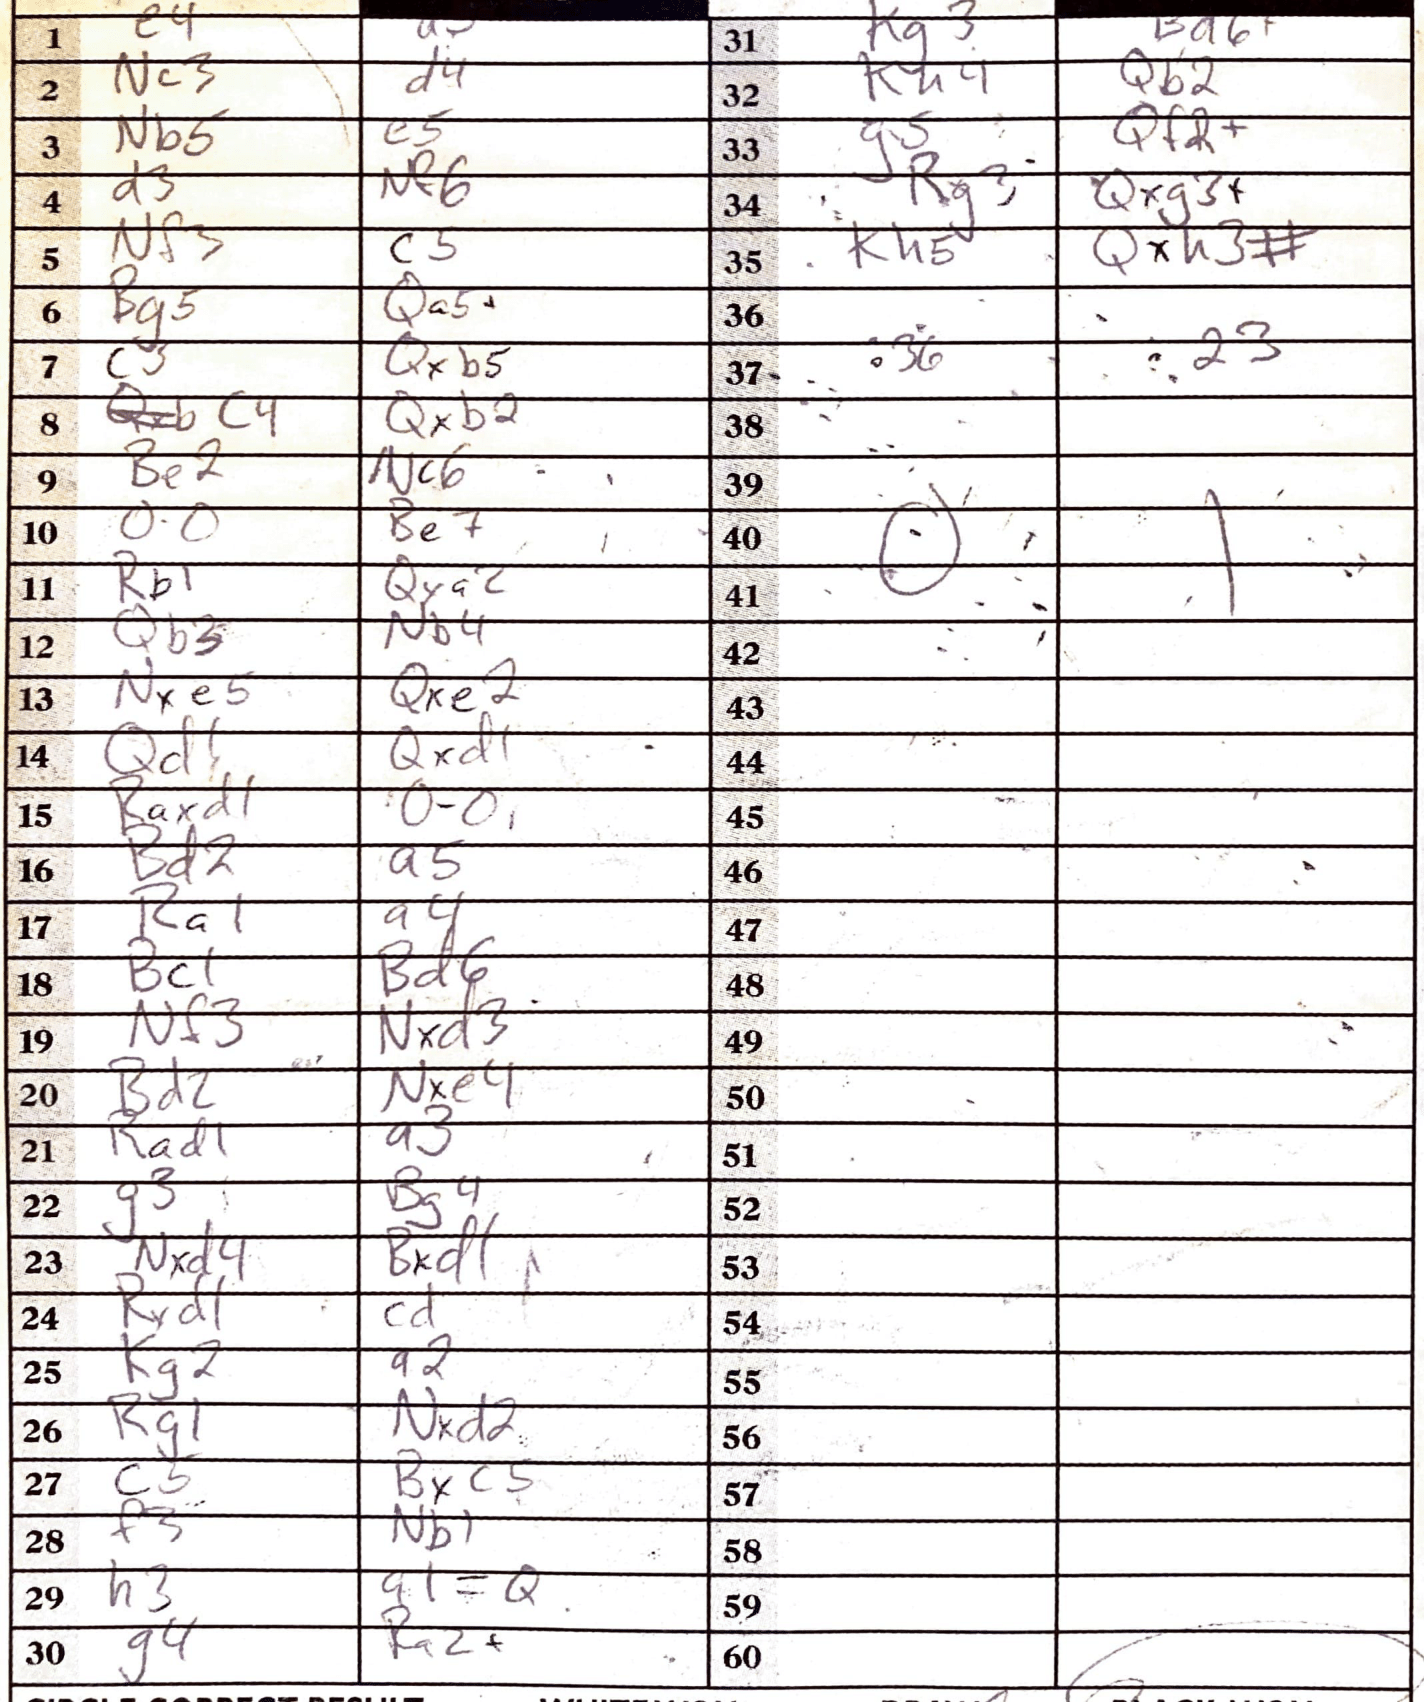
Moves: e4 a3 Nc3 d4 Nb5 e5 d3 Nf6 Nf3 c5 Bg5 Qa5+ c3 Qxb5 c4 Qxb2 Be2 Nc6 O-O Be7 Rb1 Qxa2 Qb5 Nb4 Nxe5 Qxe2 Qd1 Qxd1 Raxd1 O-O Bd2 a5 Ra1 a4 Bc1 Bd6 Nf3 Nxd3 Bd2 Nxe4 Rad1 a3 g3 Bg4 Nxd4 Bxd1 Rxd1 cd Kg2 a2 Rg1 Nxd2 c5 Bxc5 f3 Nb1 h3 a1=Q g4 Ra2+ Kg3 Ba6+ Kh4 Qb2 g5 Qf2+ Rg3 Qxg3+ Kh5 Qxh3#